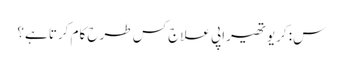
س: کریوتھیراپی علاج کس طرح کام کرتا ہے؟